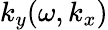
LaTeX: k_{y}(\omega,k_{x})